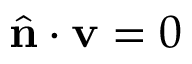
\hat { \mathbf { n } } \cdot \mathbf { v } = 0